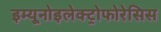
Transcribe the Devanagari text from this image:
इम्यूनोइलेक्ट्रोफोरेसिस